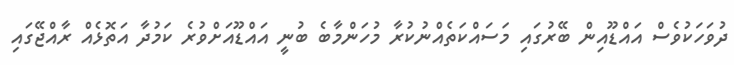
ދުވަހަކުވެސް އައްޑޫއިން ބޭރުގައި މަސައްކަތެއްނުކުރާ މުހަންމާބެ ބުނީ އައްޑޫއަށްވުރެ ކަމުދާ އަތޮޅެއް ރާއްޖޭގައި